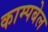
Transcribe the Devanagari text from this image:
काम्पबेल